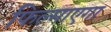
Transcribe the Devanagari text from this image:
फिल्माएगा